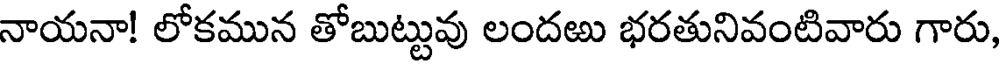
నాయనా! లోకమున తోబుట్టువు లందఱు భరతునివంటివారు గారు,